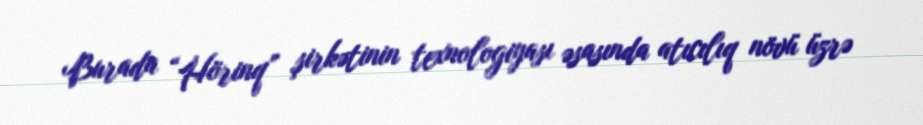
Burada “Hörinq” şirkətinin texnologiyası əsasında atıcılıq növü üzrə